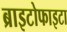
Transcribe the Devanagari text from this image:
ब्राइटोफाइटा